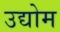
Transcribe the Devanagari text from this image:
उद्योम